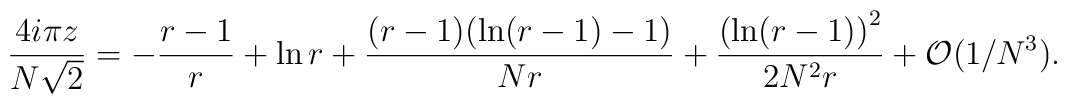
{4 i\pi z\over N\sqrt{2}} = -{r-1\over r} + \ln r + {(r-1)( \ln(r-1) -1) \over Nr} + {\bigl( \ln (r-1) \bigr)^{2}\over 2N^{2}r} + {\cal O}\bigl(1/N^3 \bigr).